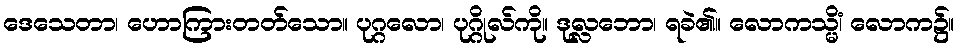
ဒေသေတာ၊ ဟောကြားတတ်သော။ ပုဂ္ဂလော၊ ပုဂ္ဂိုလ်ကို။ ဒုလ္လဘော၊ ရခဲ၏။ လောကသ္မိံ၊ လောက၌။